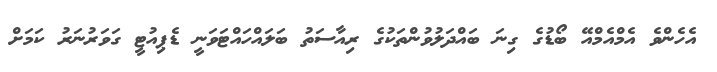
އެހެންވެ އެމްއެމްއޭ ބޯޑުގެ ގިނަ ބައްދަލުވުންތަކުގެ ރިއާސަތު ބަލައްހައްޓަވަނީ ޑެޕިއުޓީ ގަވަރުނަރު ކަމަށް